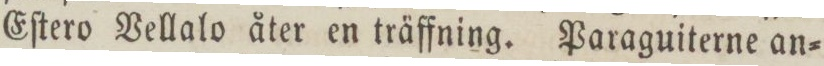
Eſtero Vellalo åter en träffning. Paraguiterne an=